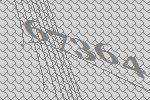
67364